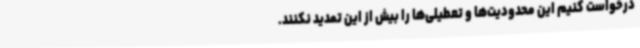
درخواست کنیم این محدودیت‌ها و تعطیلی‌ها را بیش از این تمدید نکنند.